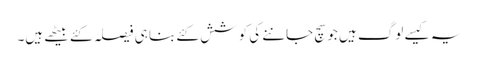
یہ کیسے لوگ ہیں جو سچ جاننے کی کوشش کئے بنا ہی فیصلہ کئے بیٹھے ہیں۔